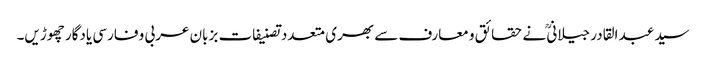
سید عبد القادر جیلانیؒ نے حقائق و معارف سے بھری متعدد تصنیفات بزبان عربی و فارسی یادگار چھوڑیں۔